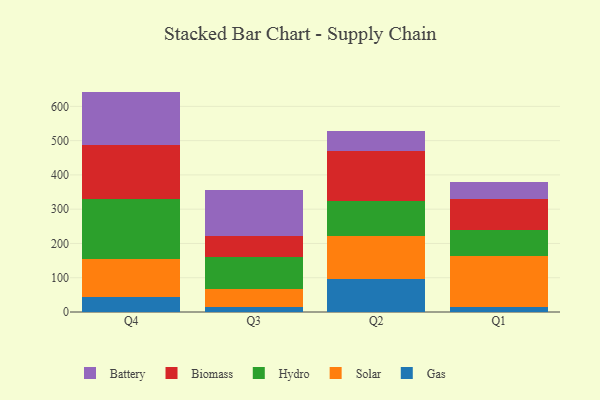
{"axis": {"x": "Quarter", "y": "Humidity (%)"}, "legend": ["Battery", "Biomass", "Gas", "Hydro", "Solar"], "data": [{"x": "Q4", "y": 42.6, "type": "Gas"}, {"x": "Q4", "y": 110.8, "type": "Solar"}, {"x": "Q4", "y": 175.3, "type": "Hydro"}, {"x": "Q4", "y": 159.0, "type": "Biomass"}, {"x": "Q4", "y": 155.4, "type": "Battery"}, {"x": "Q3", "y": 14.7, "type": "Gas"}, {"x": "Q3", "y": 52.6, "type": "Solar"}, {"x": "Q3", "y": 94.3, "type": "Hydro"}, {"x": "Q3", "y": 61.1, "type": "Biomass"}, {"x": "Q3", "y": 134.2, "type": "Battery"}, {"x": "Q2", "y": 96.1, "type": "Gas"}, {"x": "Q2", "y": 124.3, "type": "Solar"}, {"x": "Q2", "y": 104.5, "type": "Hydro"}, {"x": "Q2", "y": 144.0, "type": "Biomass"}, {"x": "Q2", "y": 57.8, "type": "Battery"}, {"x": "Q1", "y": 13.3, "type": "Gas"}, {"x": "Q1", "y": 151.5, "type": "Solar"}, {"x": "Q1", "y": 75.6, "type": "Hydro"}, {"x": "Q1", "y": 89.3, "type": "Biomass"}, {"x": "Q1", "y": 49.1, "type": "Battery"}]}